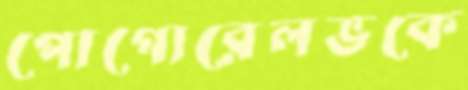
পোগোরেলভকে